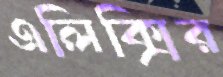
এলিক্সির